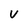
Character: v